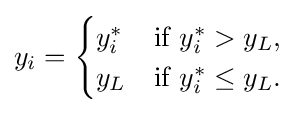
y_{i}={\begin{cases}y_{i}^{*}&{\text{if }}y_{i}^{*}>y_{L},\\y_{L}&{\text{if }}y_{i}^{*}\leq y_{L}.\end{cases}}